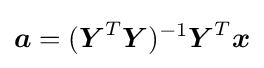
{\boldsymbol {a}}=({\boldsymbol {Y}}^{T}{\boldsymbol {Y}})^{-1}{\boldsymbol {Y}}^{T}{\boldsymbol {x}}